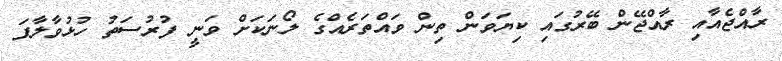
ރާއްޖެއާއި ރާއްޖޭން ބޭރުގައި ކިޔަވަން ތިން ވައްތަރެއްގެ ލޯނަކަށް ވަނީ ފުރުސަތު ހުޅުވާލާފަ